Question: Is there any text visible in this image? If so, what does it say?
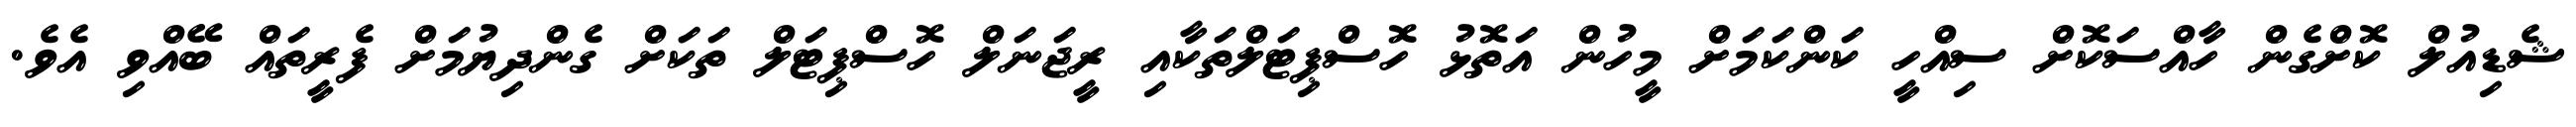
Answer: ޝެޑިއުލް ކޮށްގެން ހާއްސަކޮށް ސިއްހީ ކަންކަމަށް މީހުން އަތޮޅު ހޮސްޕިޓަލްތަކާއި ރީޖަނަލް ހޮސްޕިޓަލް ތަކަށް ގެންދިޔުމަށް ފެރީތައް ބޭއްވި އެވެ.